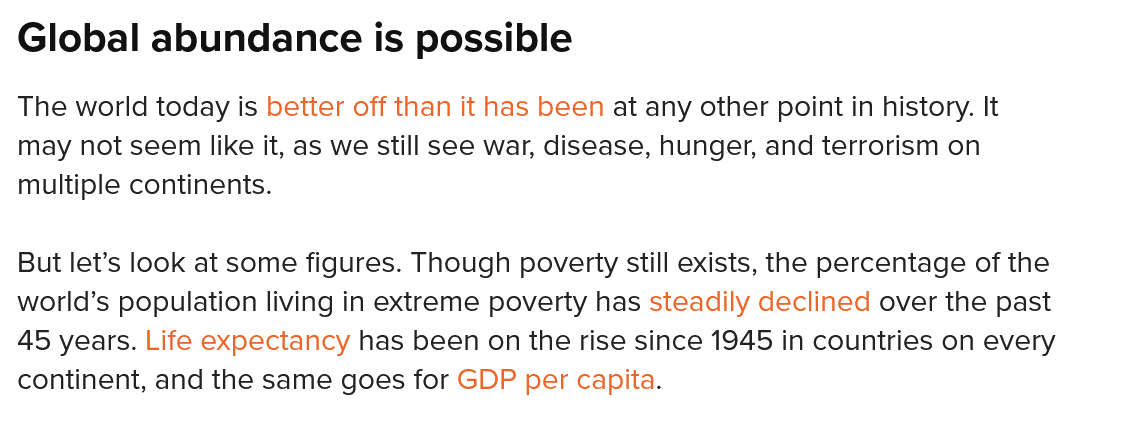
Global   abundance   is   possible
  The world today is better off than it has been at any other point in history. It
  may not seem like it, as we still see war, disease, hunger, and terrorism on
  multiple continents.
  But let’s look at some figures. Though poverty still exists, the percentage of the
  world’s population living in extreme poverty has steadily declined over the past
  A5 years. Life expectancy has been on the rise since 1945 in countries on every
  continent, and the same goes for GDP per capita.